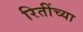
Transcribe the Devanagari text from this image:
रितींच्या